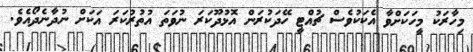
މިހާރަކު މީހަކަށްވާ އެކަކުވެސް ޗުއްޓީ ހޭދަކުރަން އޮޅުދޫކަރަ ނުވަތަ އުތުރުކަރަ އަކަށް ނުދާނެދޯއެވެ.